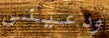
ودعيني